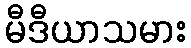
မီဒီယာသမား